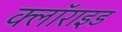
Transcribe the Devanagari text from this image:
क्लॉराइड